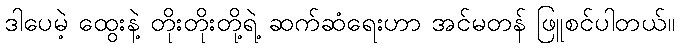
ဒါပေမဲ့ ထွေးနဲ့ တိုးတိုးတို့ရဲ့ ဆက်ဆံရေးဟာ အင်မတန် ဖြူစင်ပါတယ်။